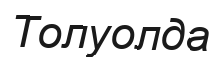
Толуолда